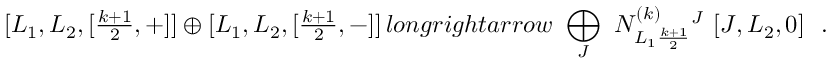
[ L _ { 1 } , L _ { 2 } , [ { \textstyle \frac { k + 1 } { 2 } } , + ] ] \oplus [ L _ { 1 } , L _ { 2 } , [ { \textstyle \frac { k + 1 } { 2 } } , - ] ] \, l o n g r i g h t a r r o w \ \bigoplus _ { J } \ N _ { L _ { 1 } \frac { k + 1 } { 2 } } ^ { ( k ) } { } ^ { J } \ [ J , L _ { 2 } , 0 ] \ \ .